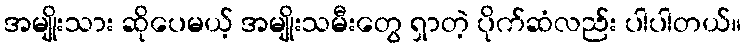
အမျိုးသား ဆိုပေမယ့် အမျိုးသမီးတွေ ရှာတဲ့ ပိုက်ဆံလည်း ပါပါတယ်။